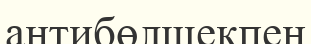
антибөлшекпен